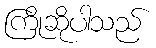
ကြိုဆိုပါသည်